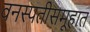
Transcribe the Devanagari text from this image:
वनस्पतीसमूहात